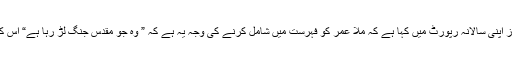
تنظیم نے پیر کے روز اپنی سالانہ رپورٹ میں کہا ہے کہ ملّا عمر کو فہرست میں شامل کرنے کی وجہ یہ ہے کہ ” وہ جو مقدّس جنگ لڑ رہا ہے“ اُس کا ہدف پریس بھی ہے۔